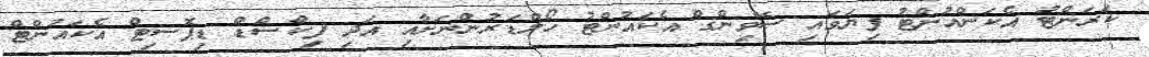
ކަރަންޓު އެކަންއުންޓު ފިޔަވައި ސޭވިންގް އެކައުންޓު ހޯލްޑަރުންނަށާއި އަދި ފިކްސްޑް ޑިޕޮސިޓް އެކައުންޓް